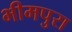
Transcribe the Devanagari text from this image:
भीमपुरा